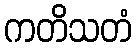
ကတိသတံ